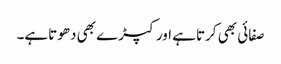
صفائی بھی کرتاہے اور کپڑے بھی دھوتاہے۔